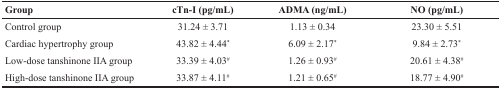
<table><thead><tr><td><b>Group</b></td><td><b>cTn-I (pg/mL)</b></td><td><b>ADMA (ng/mL)</b></td><td><b>NO (pg/mL)</b></td></tr></thead><tbody><tr><td>Control group</td><td>31.24 ± 3.71</td><td>1.13 ± 0.34</td><td>23.30 ± 5.51</td></tr><tr><td>Cardiac hypertrophy group</td><td>43.82 ± 4.44*</td><td>6.09 ± 2.17*</td><td>9.84 ± 2.73*</td></tr><tr><td>Low-dose tanshinone IIA group</td><td>33.39 ± 4.03<sup>#</sup></td><td>1.26 ± 0.93<sup>#</sup></td><td>20.61 ± 4.38<sup>#</sup></td></tr><tr><td>High-dose tanshinone IIA group</td><td>33.87 ± 4.11<sup>#</sup></td><td>1.21 ± 0.65<sup>#</sup></td><td>18.77 ± 4.90<sup>#</sup></td></tr></tbody></table>